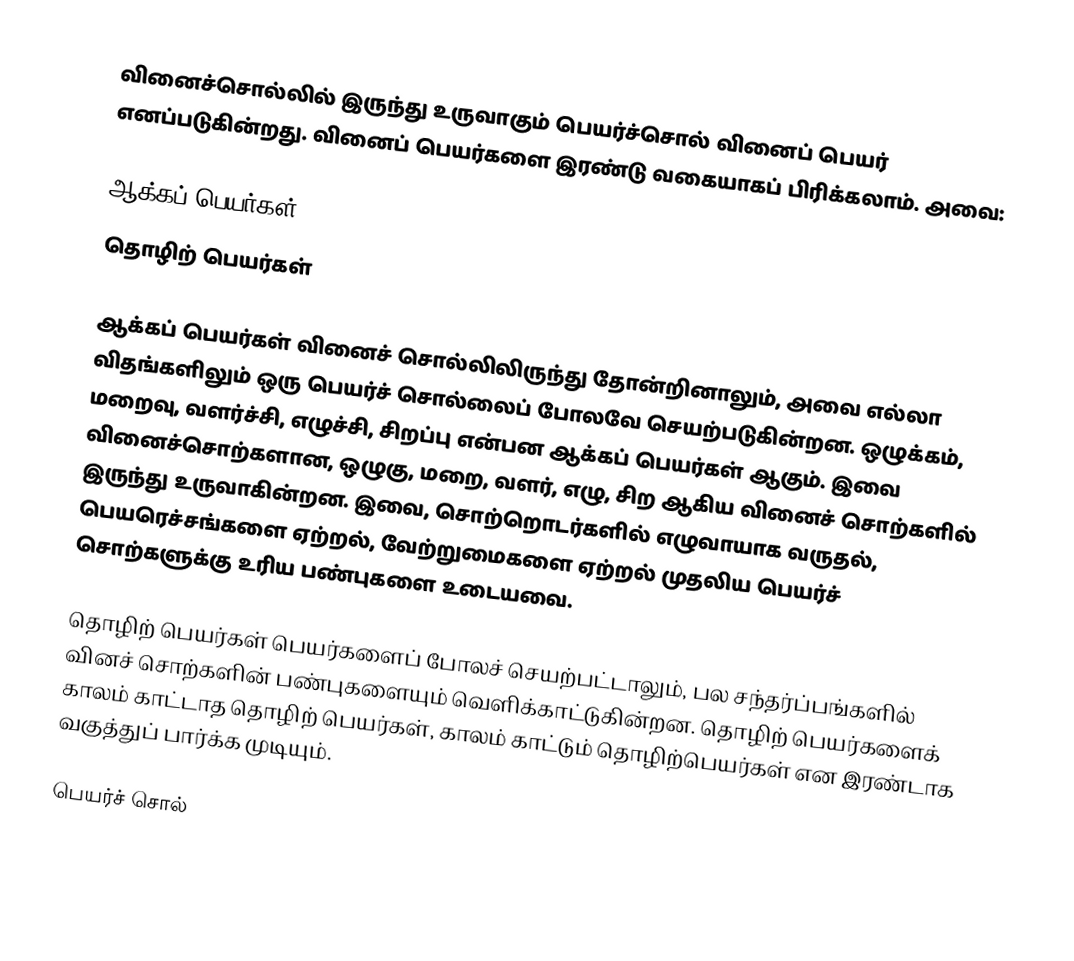
வினைச்சொல்லில் இருந்து உருவாகும் பெயர்ச்சொல்  வினைப் பெயர் எனப்படுகின்றது. வினைப் பெயர்களை இரண்டு வகையாகப் பிரிக்கலாம். அவை:

 ஆக்கப் பெயர்கள்
 தொழிற் பெயர்கள்

ஆக்கப் பெயர்கள் வினைச் சொல்லிலிருந்து தோன்றினாலும், அவை எல்லா விதங்களிலும் ஒரு பெயர்ச் சொல்லைப் போலவே செயற்படுகின்றன. ஒழுக்கம், மறைவு, வளர்ச்சி, எழுச்சி, சிறப்பு என்பன ஆக்கப் பெயர்கள் ஆகும். இவை வினைச்சொற்களான, ஒழுகு, மறை, வளர், எழு, சிற ஆகிய வினைச் சொற்களில் இருந்து உருவாகின்றன. இவை, சொற்றொடர்களில் எழுவாயாக வருதல், பெயரெச்சங்களை ஏற்றல், வேற்றுமைகளை ஏற்றல் முதலிய பெயர்ச் சொற்களுக்கு உரிய பண்புகளை உடையவை.

தொழிற் பெயர்கள் பெயர்களைப் போலச் செயற்பட்டாலும், பல சந்தர்ப்பங்களில் வினச் சொற்களின் பண்புகளையும் வெளிக்காட்டுகின்றன. தொழிற் பெயர்களைக் காலம் காட்டாத தொழிற் பெயர்கள், காலம் காட்டும் தொழிற்பெயர்கள் என இரண்டாக வகுத்துப் பார்க்க முடியும்.

பெயர்ச் சொல்